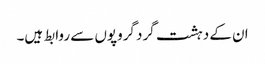
ان کے دہشت گرد گروپوں سے روابط ہیں۔